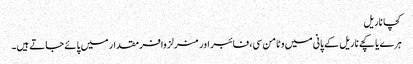
کچا ناریل
ہرے یا کچے ناریل کے پانی میں وٹامن سی، فائبر اور منرلز وافر مقدار میں پائے جاتے ہیں۔